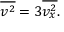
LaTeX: { \overline { { v ^ { 2 } } } } = 3 { \overline { { v _ { x } ^ { 2 } } } } .